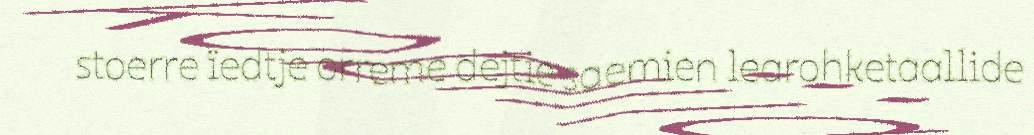
stoerre ïedtje orreme dejtie saemien learohketaallide